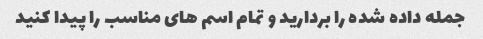
جمله داده شده را بردارید و تمام اسم های مناسب را پیدا کنید